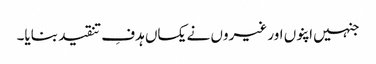
جنہیں اپنوں اور غیروں نے یکساں ہدفِ تنقید بنایا۔